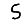
Digit: 5